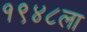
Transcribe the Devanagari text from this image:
१९४८ला